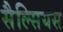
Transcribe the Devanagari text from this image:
सैल्सियस